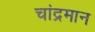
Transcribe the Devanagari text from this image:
चांद्रमान